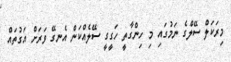
މިރަކަލް ސޭލްގެ ނަމުގައި މި ހިންގާތީ ހަގީގީ ސޭލެއްކަން އެނގޭ ވަރަށް އަގުތައް